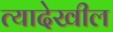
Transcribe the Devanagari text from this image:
त्यादेखील